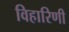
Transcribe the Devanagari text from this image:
विहारिणी